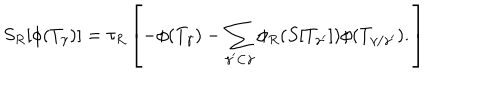
LaTeX: S _ { R } [ \phi ( T _ { \gamma } ) ] = \tau _ { R } \left[ - \phi ( T _ { \gamma } ) - \sum _ { \gamma ^ { \prime } \subset \gamma } \phi _ { R } ( S [ T _ { \gamma ^ { \prime } } ] ) \phi ( T _ { \gamma / \gamma ^ { \prime } } ) . \right]